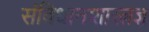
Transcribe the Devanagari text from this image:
संविधानशास्त्रज्ञ